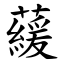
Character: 藧